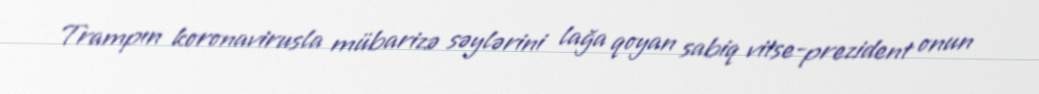
Trampın koronavirusla mübarizə səylərini lağa qoyan sabiq vitse-prezident onun